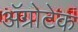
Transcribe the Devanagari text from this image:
अॅग्रोटेक